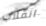
انقلاب